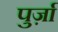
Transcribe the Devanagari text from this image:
पुर्ज़ा